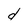
Character: d